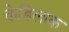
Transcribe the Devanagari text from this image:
केडिलाक